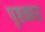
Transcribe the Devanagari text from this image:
पृष्ठकार